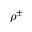
\rho ^ { \pm }